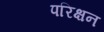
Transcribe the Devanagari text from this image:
परिक्षन